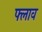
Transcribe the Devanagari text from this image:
फ्लाव